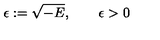
\epsilon : = \sqrt { - E } , \qquad \epsilon > 0